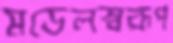
মডেলস্বরূপ